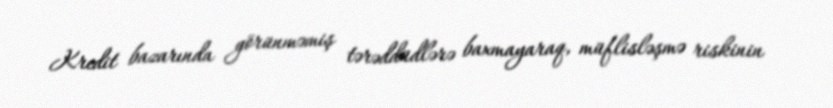
Kredit bazarında görünməmiş tərəddüdlərə baxmayaraq, müflisləşmə riskinin